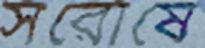
সরোষে